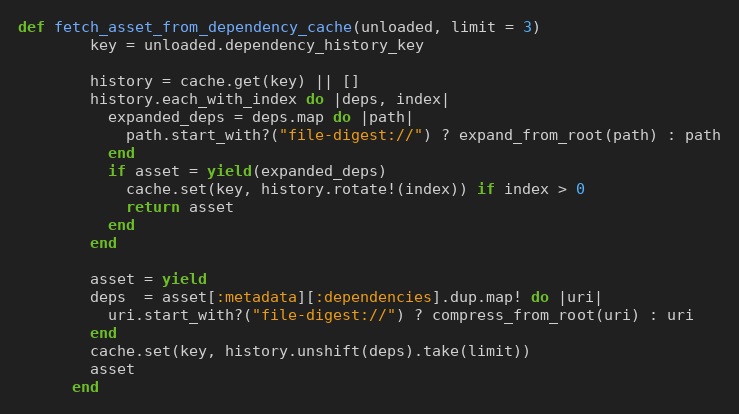
Language: Ruby
def fetch_asset_from_dependency_cache(unloaded, limit = 3)
        key = unloaded.dependency_history_key

        history = cache.get(key) || []
        history.each_with_index do |deps, index|
          expanded_deps = deps.map do |path|
            path.start_with?("file-digest://") ? expand_from_root(path) : path
          end
          if asset = yield(expanded_deps)
            cache.set(key, history.rotate!(index)) if index > 0
            return asset
          end
        end

        asset = yield
        deps  = asset[:metadata][:dependencies].dup.map! do |uri|
          uri.start_with?("file-digest://") ? compress_from_root(uri) : uri
        end
        cache.set(key, history.unshift(deps).take(limit))
        asset
      end